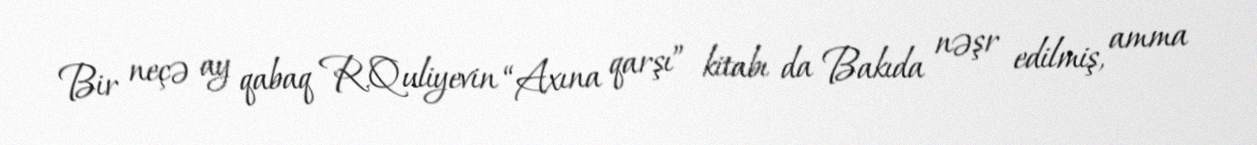
Bir neçə ay qabaq R.Quliyevin “Axına qarşı” kitabı da Bakıda nəşr edilmiş, amma